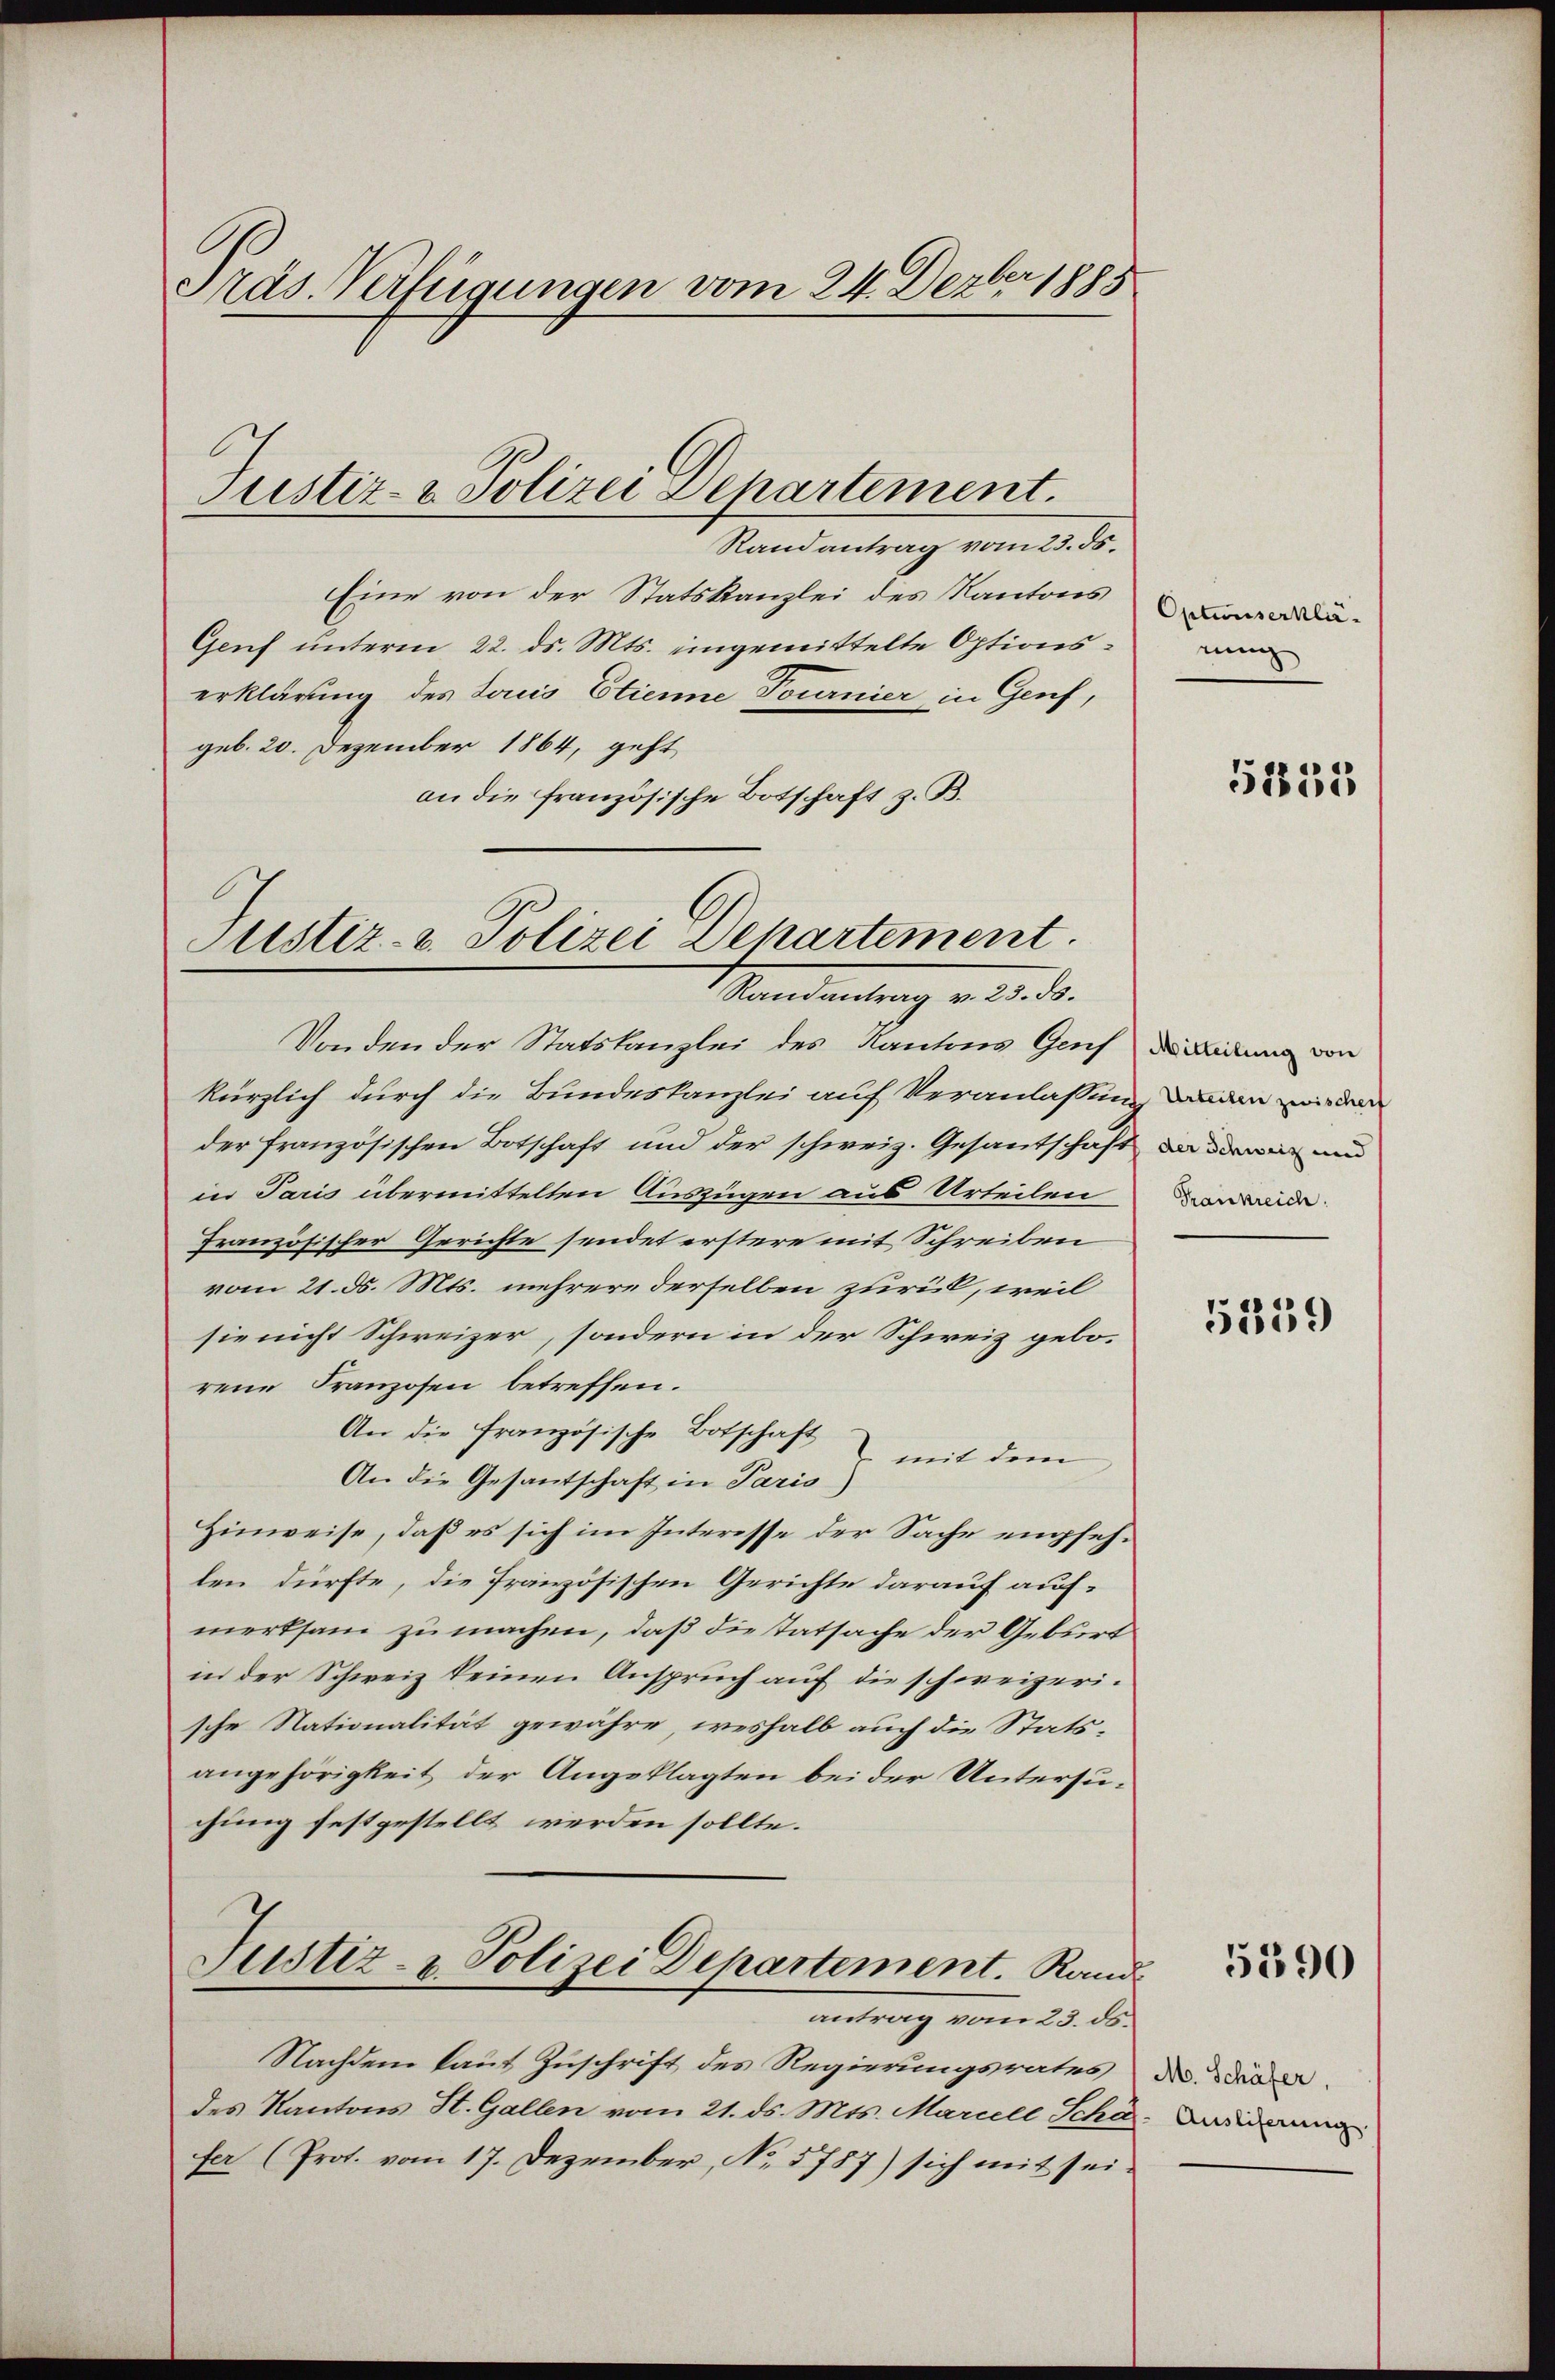
Präs. Verfügungen vom 24. Dezbr 1885

Randantrag vom 23. ds.
Eine von der Statskanzlei des Kantons
Genf unterm 22. ds. Mts. eingemittelte Optionserklärung des Louis Etienne Tournier in Genf,
geb. 20. Dezember 1864, geht,
an die französische Botschaft z. B.

Justiz- & Polizei Departement.

Justiz- & Polizei Departement.
Randantrag v. 23. ds.

Vonden der Statskanzlei des Kantons Gefändung von
kürzlich durch die Bundeskanzlei auf Veranlassung anden wieden
der französischen Botschaft und der schweiz. Gesantschaft anderen und
in Paris übermittelten Auszügen aus Urteilen
französischer Gerichte sendet erstere mit Schreiben
vom 21. d. Mts. mehrere derselben zurück, weil
sie nicht Schweizer, sondern in der Schweiz geborene Franzosen betreffen.
An die französische Botschaft
mit dem
An die Gesandtschaft in Paris)
Hinweise, daß es sich im Interesse der Sache empfehlen dürfte, die französischen Gerichte darauf aufmerksam zu machen, daß die Tatsache der Geburt
in der Schweiz keinen Anspruch auf die schweizerische Stationalität gewähre, weshalb auch die Statsangehörigkeit der Angeklagten bei der Untersuchung festgestellt werden sollte.
Justiz- u. Polizei Departement. Rand
antrag vom 23. des
Nachdem laut Zuschrift des Regierungsrates der diedes Kantons St. Gallen vom 21. ds. Mts. Mariell Scha- Widerung
far (Prot. vom 17. Dezember, No. 5787) sich mit sei¬

Optumserklänung

51833

Frankreich

5359

5590